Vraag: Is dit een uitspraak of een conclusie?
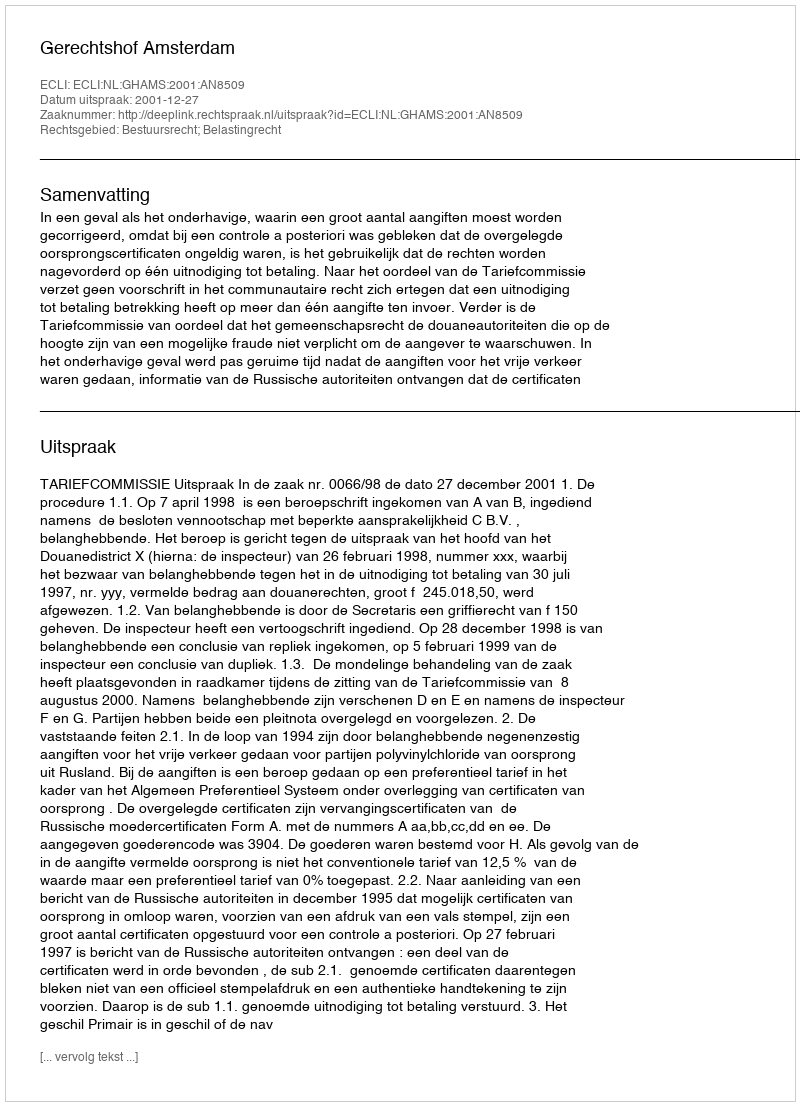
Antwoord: Uitspraak